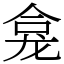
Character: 龛